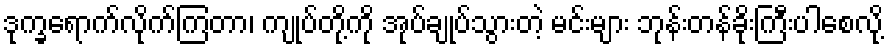
ဒုက္ခရောက်လိုက်ကြတာ၊ ကျုပ်တို့ကို အုပ်ချုပ်သွားတဲ့ မင်းများ ဘုန်းတန်ခိုးကြီးပါစေလို့